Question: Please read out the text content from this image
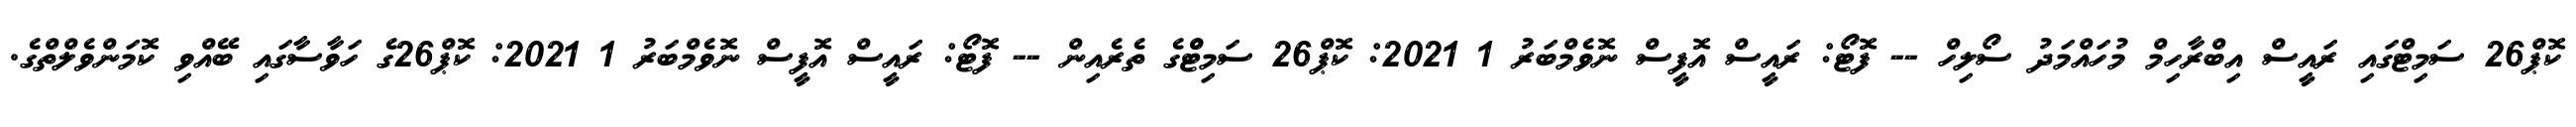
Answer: ކޮޕް26 ސަމިޓްގައި ރައީސް އިބްރާހިމް މުހައްމަދު ސޯލިހް -- ފޮޓޯ: ރައީސް އޮފީސް ނޮވެމްބަރު 1 2021: ކޮޕް26 ސަމިޓްްގެ ތެރެއިން -- ފޮޓޯ: ރައީސް އޮފީސް ނޮވެމްބަރު 1 2021: ކޮޕް26ގެ ހަވާސާގައި ބޭއްވި ކޮމަންވެލްތްގެ.